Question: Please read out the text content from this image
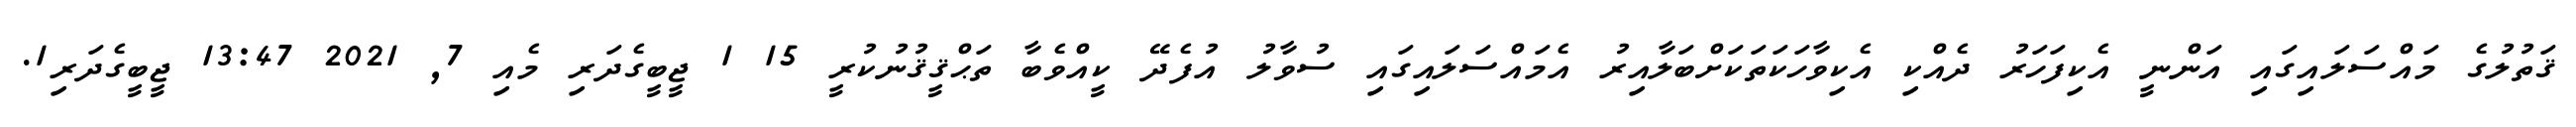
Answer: ޤަތުލުގެ މައްސަލައިގައި އަންނީ އެކިފަހަރު ދެއްކި އެކިވާހަކަތަކަށްބަލާއިރު އެމައްސަލައިގައި ސުވާލު އުފެދޭ ކީއްވެބާ ތަޙްޤީޤުނުކުރީ 15 1 ޖީބީގެދަރި މެއި 7, 2021 13:47 ޖީބީގެދަރި1.